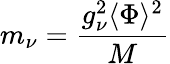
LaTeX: m_{\nu}=\frac{g_{\nu}^{2}\langle\Phi\rangle^{2}}{M}